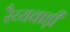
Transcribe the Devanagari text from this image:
रैय्यवाड़ी